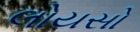
લોયસો